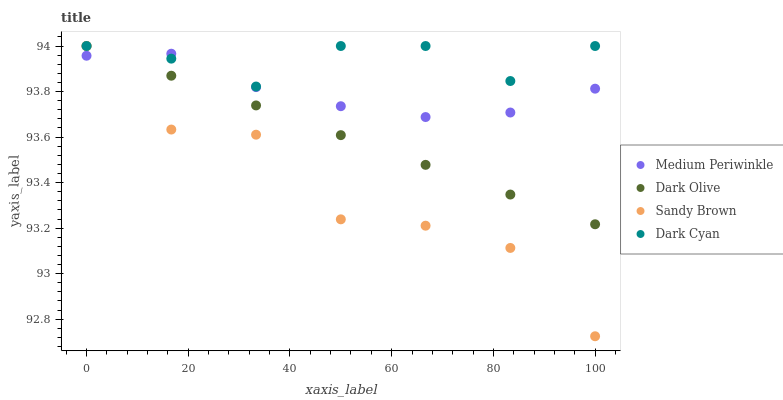
| xaxis_label | Medium Periwinkle | Dark Olive | Sandy Brown | Dark Cyan |
 | --- | --- | --- | --- | --- |
 | 0 | 94 | 94 | 94 | 94 |
 | 16.7 | 94 | 93.9 | 93.6 | 93.9 |
 | 33.3 | 93.8 | 93.7 | 93.6 | 93.8 |
 | 50 | 93.7 | 93.6 | 93.2 | 94 |
 | 66.7 | 93.7 | 93.5 | 93.2 | 94 |
 | 83.3 | 93.7 | 93.3 | 93.1 | 93.8 |
 | 100 | 93.8 | 93.2 | 92.7 | 94 |